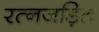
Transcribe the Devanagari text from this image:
रत्नजड़ित